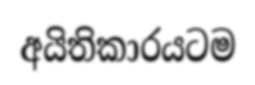
අයිතිකාරයටම